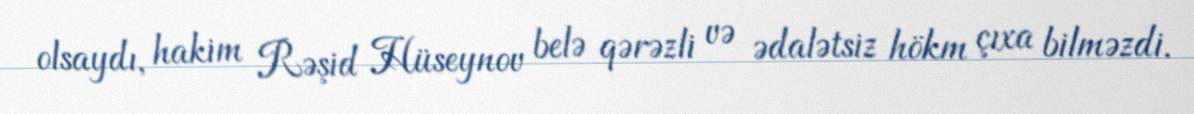
olsaydı, hakim Rəşid Hüseynov belə qərəzli və ədalətsiz hökm çıxa bilməzdi.